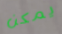
يمكن